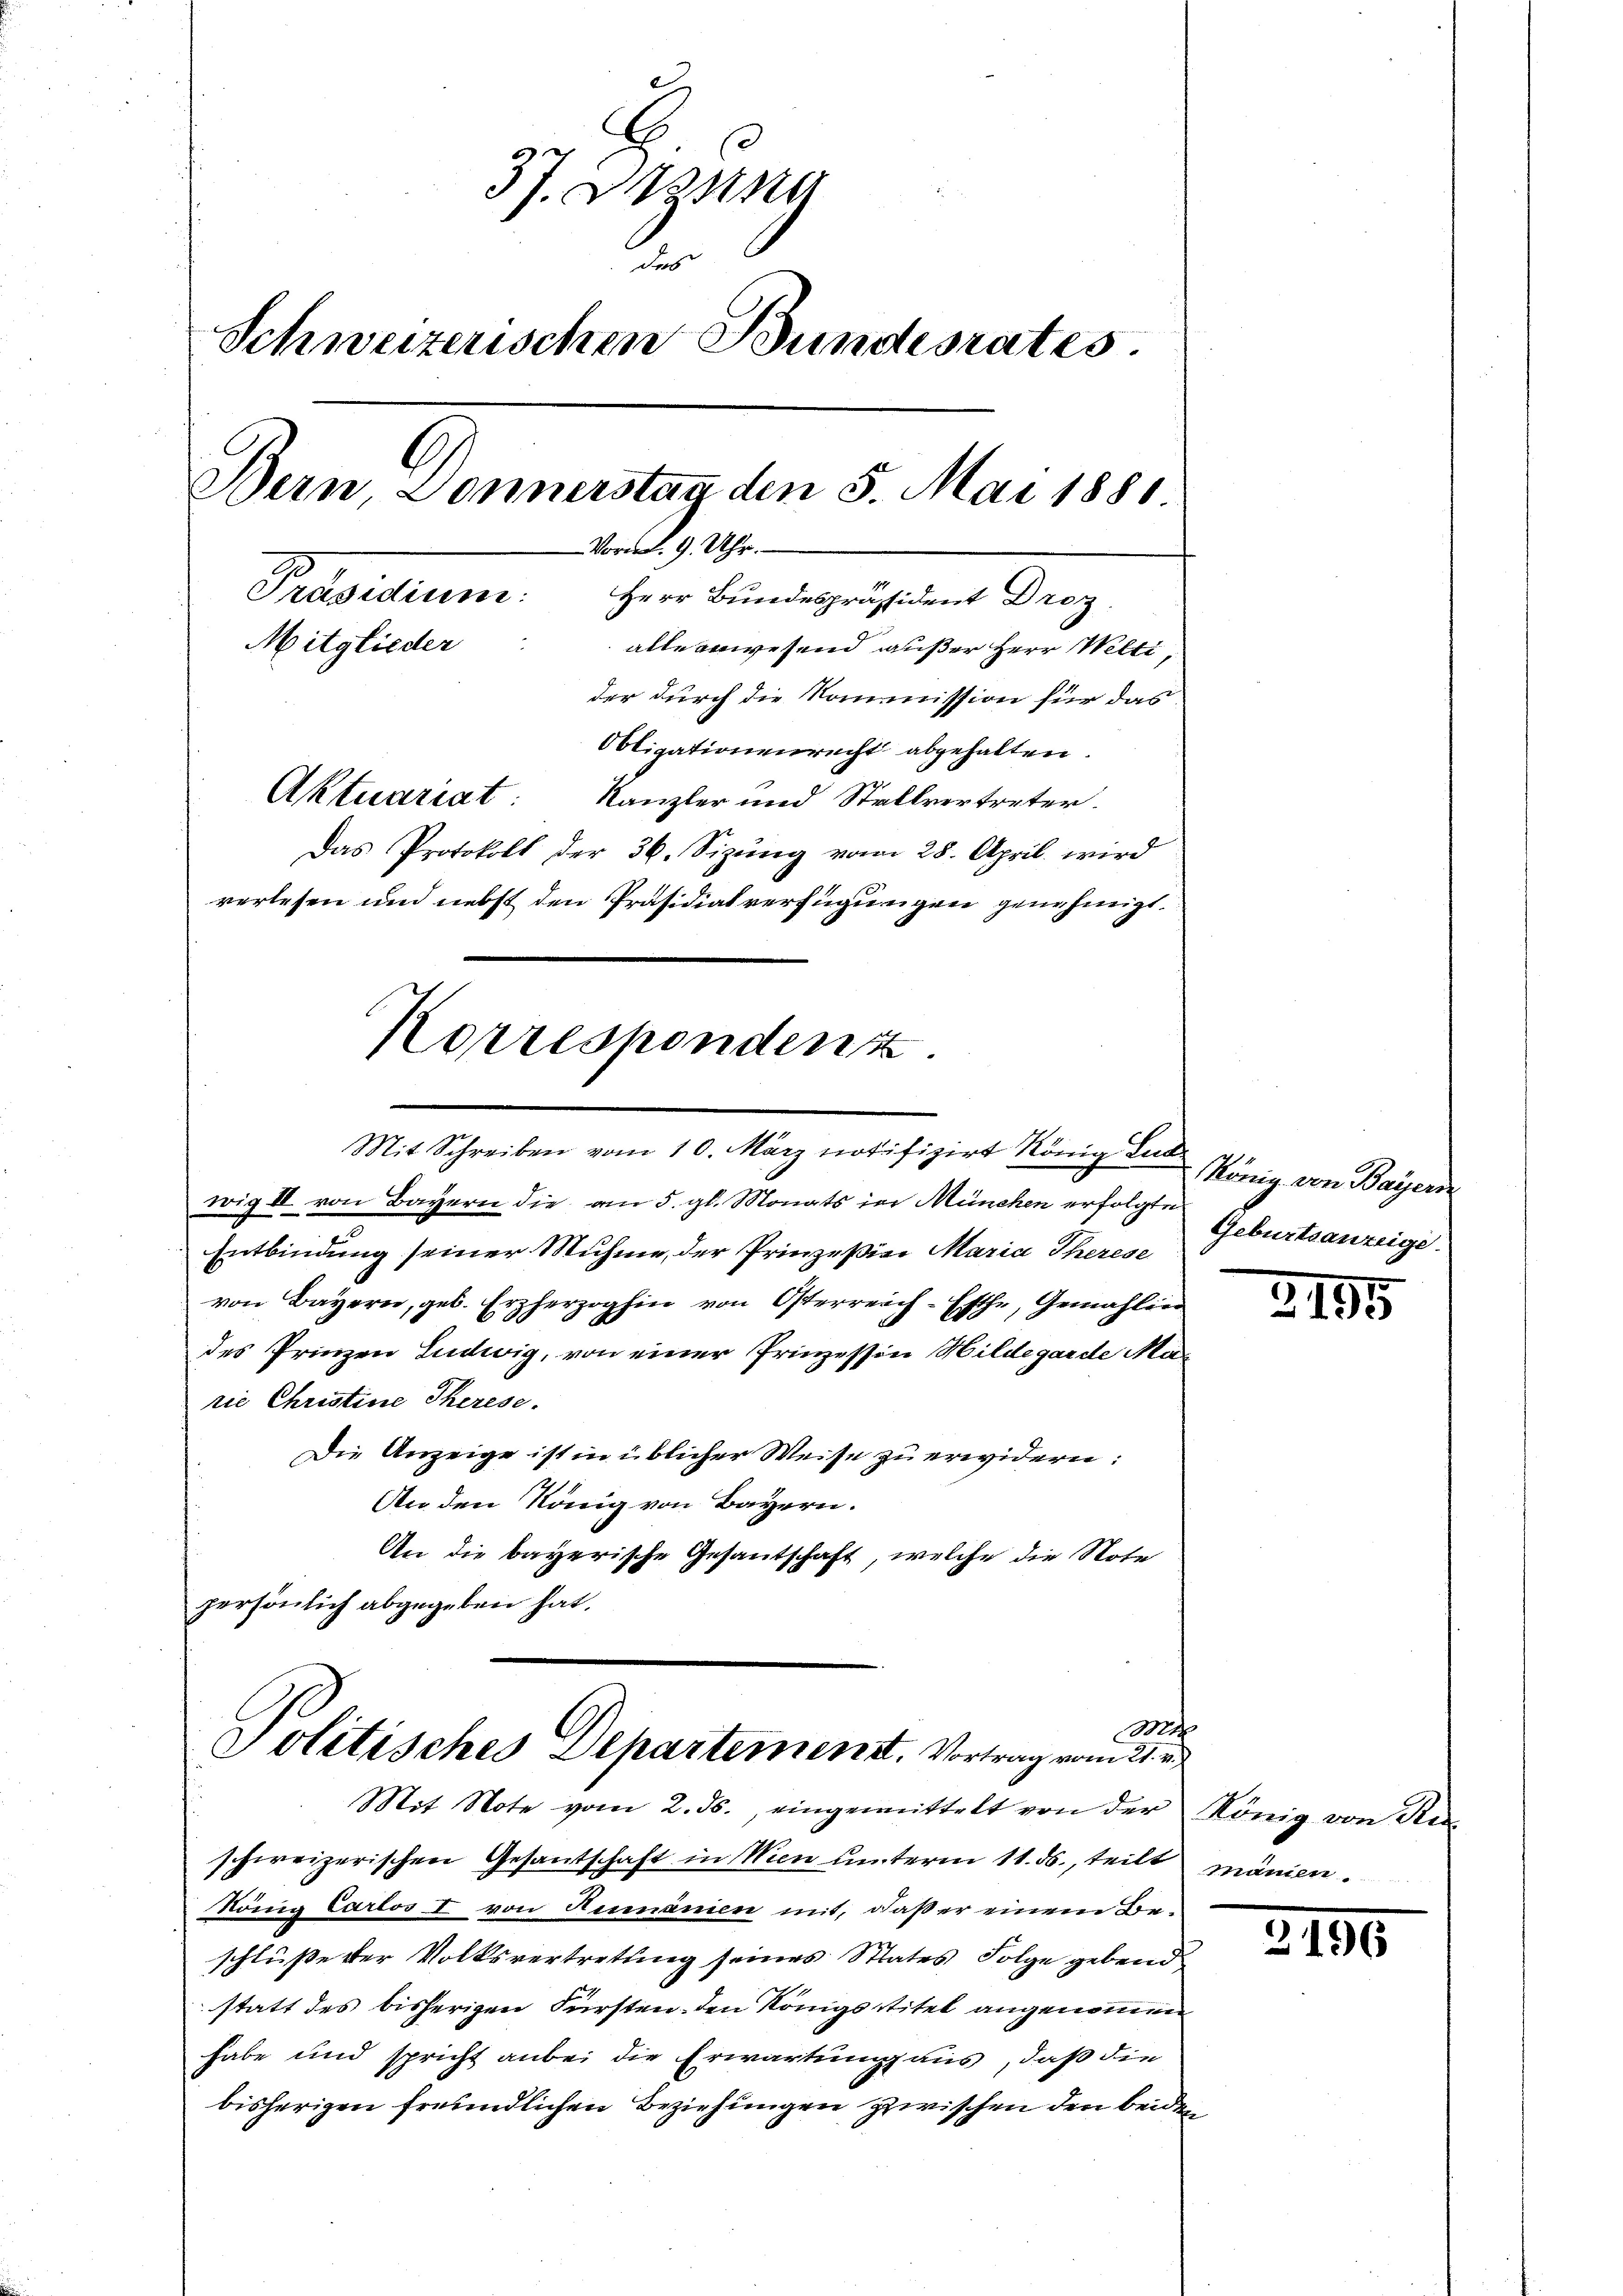
37. Tessin
2
Schweizerischen Bundesrates.
Bern, Donnerstag den 5. Mai 1881.
Vorm. 9. Uhr.
Präsidium: Herr Bundespräsident Droz.
Mitglieder
alle anwesend außer Herr Welti
der durch die Kommission für das
Obligationenrecht abgehalten.
Aktuariat
Kanzler und Stellvertreter.
Das Protokoll der 36. Sizŭng vom 28. April wird
verlesen und nebst den Präsidialverfügungen genehmigt.
Korrespondenz

Mit Schreiben vom 10. März notifizirt König Lub

wig II von Bayern die am 5. gl. Monats in München erfolgte
Entbindung seiner Muhme, der Prinzeßion Maria Therese
von Bayern, geb. Erzherzoghin von Österreich-Esche, Gemahlin
des Prinzen Ludwig, von einer Prinzessin Hildegarde Marie Christine Therese.
Die Anzeige ist in üblicher Weise zu erwidern:
An den König von Bayern.
An die bayerische Gesantschaft, welche die Note
persönlich abgegeben hat.

Mt
Politisches Departement. Vortrag vom 21. v.
Mit Note vom 2. ds., eingemittelt von der König von Re

schweizerischen Gesantschaft in Wien unterm 11. ds., teilt manien.
König Carlos I von Aemanien mit, daß er einem Beschlüße der Volksvertretung seines Staates Folge gebend
statt des bisherigen Fürsten den Königsstitel angenommen
habe und spricht anbei die Erwartung aus, daß die
bisherigen freundlichen Beziehungen zwischen den beiden

König von Baÿers
Geburtsanzeige

3195

3195